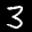
Label: 3